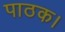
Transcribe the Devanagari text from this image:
पाठक।